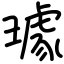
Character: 璩